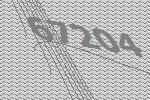
67204